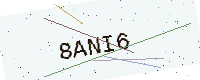
Text: 8ANI6